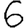
Digit: 6